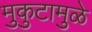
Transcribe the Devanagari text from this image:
मुकुटामुळे